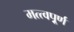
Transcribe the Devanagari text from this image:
मत्त्वपूर्र्ण